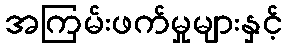
အကြမ်းဖက်မှုများနှင့်